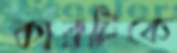
কারটিকে